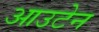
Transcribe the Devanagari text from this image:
आउटेन